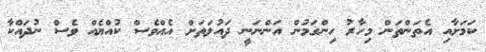
ކަމަށާއި އެތަންތަން މިހާރު ހިންގަމުން އަންނަނީ ދައުލަތަށް އެއްވެސް ކުއްޔެއް ވެސް ނުދައްކާ